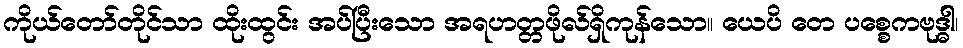
ကိုယ်တော်တိုင်သာ ထိုးထွင်း အပ်ပြီးသော အရဟတ္တဖိုလ်ရှိကုန်သော။ ယေပိ တေ ပစ္စေကဗုဒ္ဓါ၊